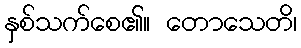
နှစ်သက်စေ၏။ တောသေတိ၊